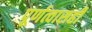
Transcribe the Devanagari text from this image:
पूर्णत्वासही